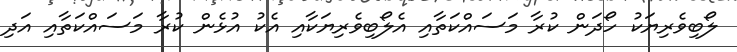
ލޯބިވެރިޔަކު ހޯދަން ކުރާ މަސައްކަތާއި އެލޯބިވެރިޔަކާއި އެކު އުޅެން ކުރާ މަސައްކަތާއި އަދި